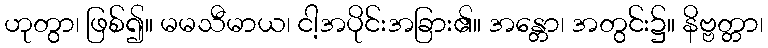
ဟုတွာ၊ ဖြစ်၍။ မမသီမာယ၊ ငါ့အပိုင်းအခြား၏။ အန္တော၊ အတွင်း၌။ နိဗ္ဗတ္တာ၊